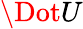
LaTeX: \Dot{U}